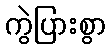
ကွဲပြားစွာ